Scientific memoirs by medical officers of the Army of India - Part XII,
Year: 1901
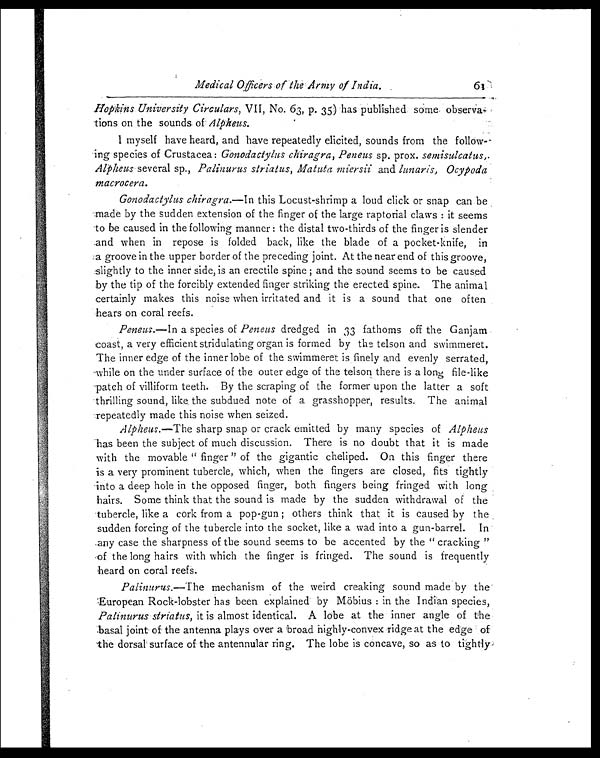
Medical Officers of the Army of India.
61
Hopkins University Circulars, VII, No. 63, p. 35) has published some observa-
tions on the sounds of Alpheus.
I myself have heard, and have repeatedly elicited, sounds from the follow
-ing species of Crustacea: Gonodactylus chiragra, Peneus sp. prox. semisulcatus,.
Alpheus several sp., Palinurus striatus, Matuta miersii and lunaris, Ocypoda
macrocera.
Gonodactylus chiragra.— In this Locust-shrimp a loud click or snap can be
made by the sudden extension of the finger of the large raptorial claws : it seems
to be caused in the following manner : the distal two-thirds of the finger is slender
and when in repose is folded back, like the blade of a pocket-knife, in
a groove in the upper border of the preceding joint. At the near end of this groove,
slightly to the inner side, is an erectile spine ; and the sound seems to be caused
by the tip of the forcibly extended finger striking the erected spine. The animal
certainly makes this noise when irritated and it is a sound that one often
hears on coral reefs.
Peneus.— In a species of Peneus dredged in 33 fathoms off the Ganjam
coast, a very efficient stridulating organ is formed by the telson and swimmeret.
The inner edge of the inner lobe of the swimmeret is finely and evenly serrated,
while on the under surface of the outer edge of the telson there is a long file-like
patch of villiform teeth. By the scraping of the former upon the latter a soft
thrilling sound, like the subdued note of a grasshopper, results. The animal
repeatedly made this noise when seized.
Alpheus.—The sharp snap or crack emitted by many species of A l p h e u s
has been the subject of much discussion. There is no doubt that it is made
with the movable " finger " of the gigantic cheliped. On this finger there
is a very prominent tubercle, which, when the fingers are closed, fits tightly
into a deep hole in the opposed finger, both fingers being fringed with long
hairs. Some think that the sound is made by the sudden withdrawal of the
tubercle, like a cork from a pop-gun ; others think that it is caused by the
sudden forcing of the tubercle into the socket, like a wad into a gun-barrel. In
any case the sharpness of the sound seems to be accented by the " cracking "
of the long hairs with which the finger is fringed. The sound is frequently
heard on coral reefs.
Palinurus.—The mechanism of the weird creaking sound made by the
European Rock-lobster has been explained by Möbius : in the Indian species,
Palinurus striatus, it is almost identical. A lobe at the inner angle of the
basal joint of the antenna plays over a broad highly-convex ridge at the edge of
the dorsal surface of the antennular ring. The lobe is concave, so as to tightly